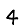
Digit: 4